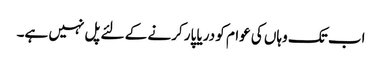
اب تک وہاں کی عوام کو دریا پار کرنے کے لئے پل نہیں ہے۔